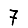
Digit: 7